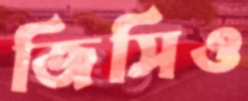
জিসিও